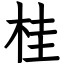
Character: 桂